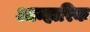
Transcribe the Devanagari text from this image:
आम्हारिक